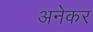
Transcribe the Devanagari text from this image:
अनेकर